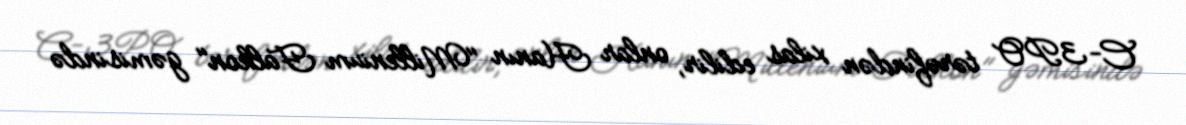
C-3PO tərəfindən xilas edilir, onlar Hanın "Millenium Falkon" gəmisində